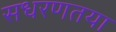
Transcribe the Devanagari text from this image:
सधरणतया